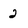
Character: 2